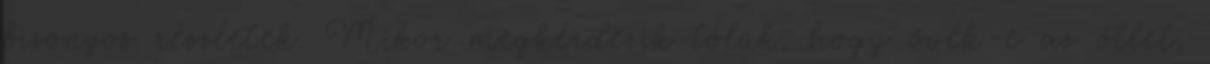
bizonyos részletek. Mikor megkérdezik tőlük, hogy övék-e az ötlet,